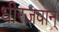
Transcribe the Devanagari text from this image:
धीरजवान्